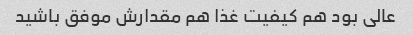
عالی بود هم کیفیت غذا هم مقدارش موفق باشید